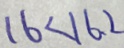
1 6 < 1 6 . 2